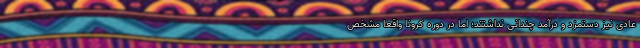
عادی نیز دستمزد و درآمد چندانی نداشتند؛ اما در دوره کرونا واقعا مشخص